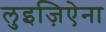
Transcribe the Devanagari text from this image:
लुइज़िऐना